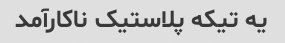
یه تیکه پلاستیک ناکارآمد